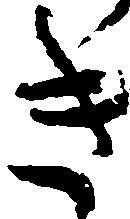
き